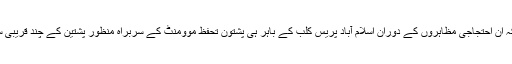
ایسی اطلاعات بھی موصول ہوئی ہے کہ ان احتجاجی مظاہروں کے دوران اسلام آباد پریس کلب کے باہر ہی پشتون تحفظ موومنٹ کے سربراہ منظور پشتین کے چند قریبی ساتھیوں کو بھی حراست میں لیا گیا ہے۔